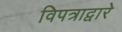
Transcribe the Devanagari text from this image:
विपत्राद्वारे